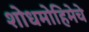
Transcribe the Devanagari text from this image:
शोधमोहिमेचे